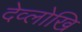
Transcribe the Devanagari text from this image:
देव्लोखि